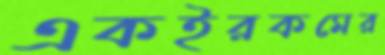
একইরকমের